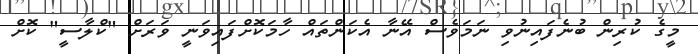
މީގެ ކުރިން ބުނެފައިނުވި ނަމަވެސް އޭނާ އެކަންތައް ހާމަކޮށްފައިވަނީ ވަރަށް "ކްލާސީ" ކޮށް